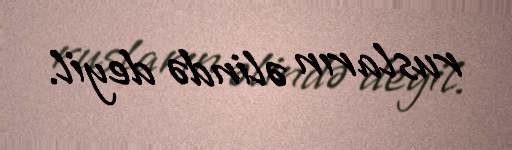
rusların əlində deyil.